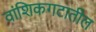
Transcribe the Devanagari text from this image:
वांशिकगटातील